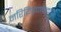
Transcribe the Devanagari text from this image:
नरियिडंचानकोट्टा